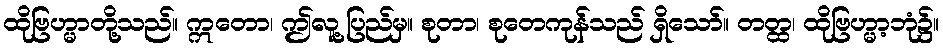
ထိုဗြဟ္မာတို့သည်။ ဣတော၊ ဤလူ့ပြည်မှ။ စုတာ၊ စုတေကုန်သည် ရှိသော်။ တတ္ထ၊ ထိုဗြဟ္မာ့ဘုံ၌။